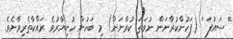
' ސައުފަ ' (ފަހުންކުރާނަން ނުވަތަ ކުރާނަން) މި ބަހުން ހުށިޔާރުވެ ރައްކާތެރިވާށެވެ.